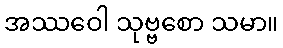
အဿဝေါ သုဗ္ဗစော သမာ။